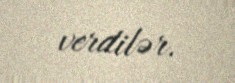
verdilər.